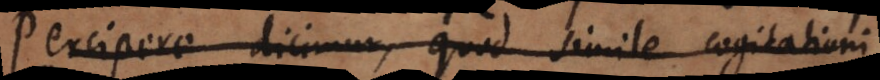
Percipere dicimur, quod simile cogitationi